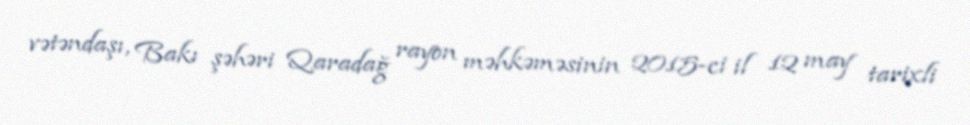
vətəndaşı, Bakı şəhəri Qaradağ rayon məhkəməsinin 2015-ci il 12 may tarixli